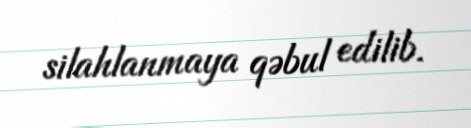
silahlanmaya qəbul edilib.